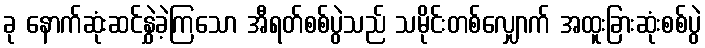
ခု နောက်ဆုံးဆင်နွှဲခဲ့ကြသော အီရတ်စစ်ပွဲသည် သမိုင်းတစ်လျှောက် အထူးခြားဆုံးစစ်ပွဲ